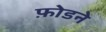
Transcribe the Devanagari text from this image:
फ़ोडने